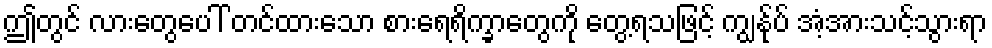
ဤတွင် လားတွေပေါ် တင်ထားသော စားရေရိက္ခာတွေကို တွေ့ရသဖြင့် ကျွန်ုပ် အံ့အားသင့်သွားရာ